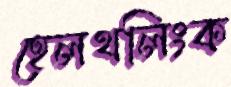
হেলথলিংক